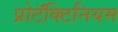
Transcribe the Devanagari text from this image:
प्रोटॅक्टिनियम